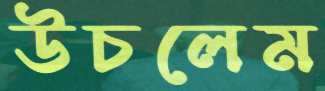
উচলেম